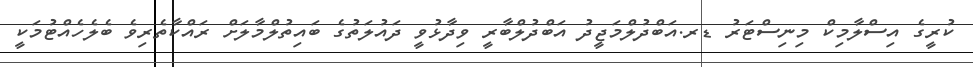
ކުރީގެ އިސްލާމިކް މިނިސްޓަރު ޑރ.އަބްދުލްމަޖީދު އަބްދުލްބާރީ ވިދާޅުވީ ދައުލަތުގެ ބައިތުލްމާލަށް ރައްކާތެރިވެ ބެލެހެއްޓުމަކީ